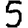
Digit: 5